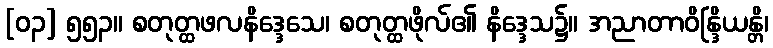
[၀၃] ၅၅၃။ စတုတ္ထဖလနိဒ္ဒေသေ၊ စတုတ္ထဖိုလ်၏ နိဒ္ဒေသ၌။ အညာတာဝိန္ဒြိယန္တိ၊